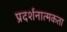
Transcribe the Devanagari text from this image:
प्रदर्शनात्मकता